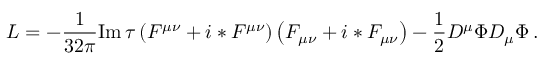
{ \cal L } = - \frac { 1 } { 3 2 \pi } \mathrm { I m } \, \tau \left( F ^ { \mu \nu } + i * F ^ { \mu \nu } \right) \left( F _ { \mu \nu } + i * F _ { \mu \nu } \right) - \frac { 1 } { 2 } D ^ { \mu } \Phi D _ { \mu } \Phi \, .